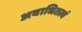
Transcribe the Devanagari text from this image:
अबाधितत्वं